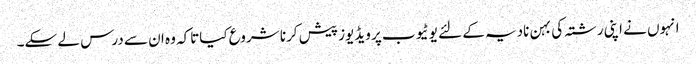
انہوں نے اپنی رشتہ کی بہن نادیہ کے لئے یوٹیوب پر ویڈیوز پیش کرنا شروع کیاتاکہ وہ ان سے درس لے سکے۔